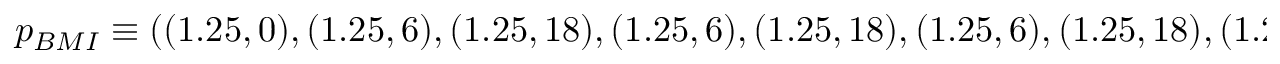
p _ { B M I } \equiv ( ( 1 . 2 5 , 0 ) , ( 1 . 2 5 , 6 ) , ( 1 . 2 5 , 1 8 ) , ( 1 . 2 5 , 6 ) , ( 1 . 2 5 , 1 8 ) , ( 1 . 2 5 , 6 ) , ( 1 . 2 5 , 1 8 ) , ( 1 . 2 5 , 6 ) )